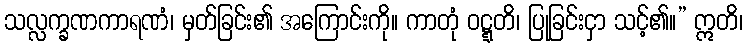
သလ္လက္ခဏကာရဏံ၊ မှတ်ခြင်း၏ အကြောင်းကို။ ကာတုံ ဝဋ္ဋတိ၊ ပြုခြင်းငှာ သင့်၏။” ဣတိ၊